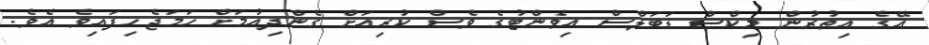
އޭގެ އިތުރުން މިކްސް ޑަބަލްސް އިވެންޓުގެ ވެސް ކުރިއަށް ގެންދިއުމަށް ހަމަޖެހިފައިވެ އެވެ.